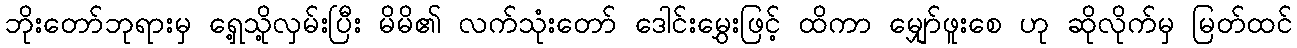
ဘိုးတော်ဘုရားမှ ရှေ့သို့လှမ်းပြီး မိမိ၏ လက်သုံးတော် ဒေါင်းမွှေးဖြင့် ထိကာ မျှော်ဖူးစေ ဟု ဆိုလိုက်မှ မြတ်ထင်